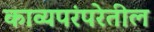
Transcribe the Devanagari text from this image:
काव्यपरंपरेतील